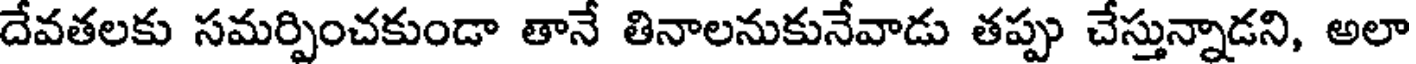
దేవతలకు సమర్పించకుండా తానే తినాలనుకునేవాడు తప్పు చేస్తున్నాడని, అలా